Annual administration report of the Civil Veterinary Department of India - 1896-1897
Year: 1896
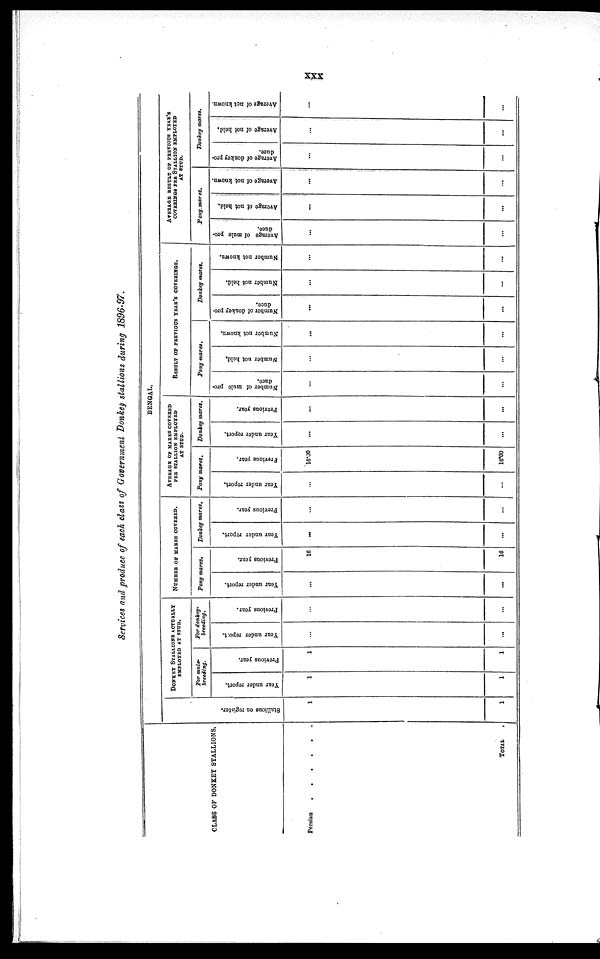
xxx
Services and produce of each class of Government Donkey stallions during 1896-97.
CLASS OF DONKEY STALLIONS.
Persian
.
.
.
.
.
.
TOTAL .
BENGAL.
Stallions on register.
1
1
DONKEY STALLIONS ACTUALLY
EMPLOYED AT STUD.
For mule-
breeding.
Tear under report.
1
1
Previous year.
1
1
For donkey-
breeding.
Year under report.
...
...
Previous year.
...
...
NUMBER OF MARS COVERED.
Pony mares.
Year under report.
...
...
Previous year.
16
16
Donkey mares.
Year under report.
...
...
Previous year.
...
...
AVERAGE OF MARES COVERED
PER STALLION EMPLOYED
AT STUD.
Pony mares.
Year under report.
...
...
Previous year.
16.00
16.00
Donkey mares.
Year under report.
...
...
Previous year.
...
...
RESULT OF PREVIOUS YEAR'S COVERINGS.
Pony mares.
Number of mule pro-
duce.
...
...
Number not held.
...
...
Number not known.
...
...
Donkey mares.
Number of donkey pro-
duce.
...
...
Number not held.
...
...
Number not known.
...
...
AVERAGE RESULT OF PREVIOUS YEAR'S
AT STUD.
Pony mares.
Average
of mule pro-
duce.
...
...
Average of not held.
...
...
Average
of not known.
...
...
Donkey mares.
Average of donkey pro-
duce.
...
...
Average of not held.
...
...
Average of not known.
...
...